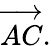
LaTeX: {\overrightarrow{AC}}.